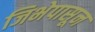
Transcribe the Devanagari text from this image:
जिभेपासून